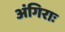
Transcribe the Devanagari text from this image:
अंगिराः